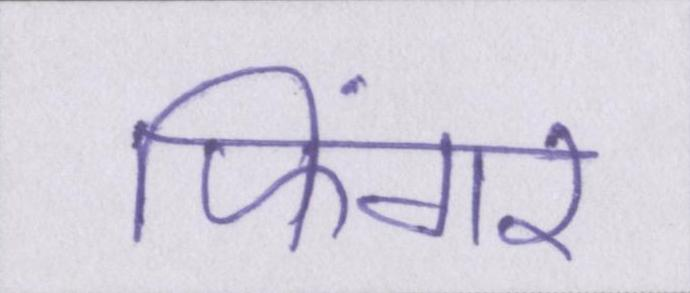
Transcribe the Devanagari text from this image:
फिंगर